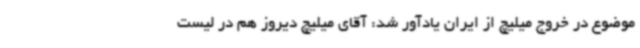
موضوع در خروج میلیچ از ایران یادآور شد: آقای میلیچ دیروز هم در لیست